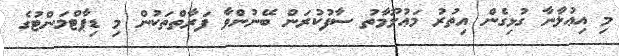
މި އިޢުލާނާ ގުޅިގެން އިތުރު މަޢުލޫމާތު ސާފުކުރަން ބޭނުންވާ ފަރާތްތަކުން މި ޑިޕާޓްމަންޓުގެ